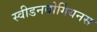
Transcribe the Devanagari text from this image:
स्वीडनबोर्गियनस